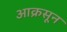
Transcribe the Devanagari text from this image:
आक्रसून